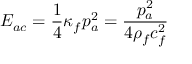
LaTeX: E _ { a c } = { \frac { 1 } { 4 } } \kappa _ { f } p _ { a } ^ { 2 } = { \frac { p _ { a } ^ { 2 } } { 4 \rho _ { f } c _ { f } ^ { 2 } } }